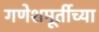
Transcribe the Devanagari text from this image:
गणेशमूर्तीच्या